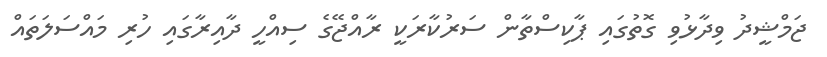
ޖަމްޝީދު ވިދާޅުވި ގޮތުގައި ޕާކިސްތާން ސަރުކާރަކީ ރާއްޖޭގެ ސިއްހީ ދާއިރާގައި ހުރި މައްސަލަތައް